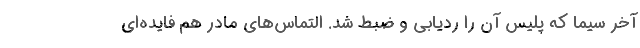
آخر سیما که پلیس آن را ردیابی و ضبط شد. التماس‌های مادر هم فایده‌ای